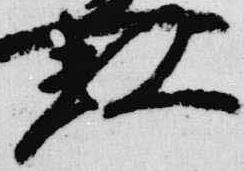
数